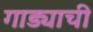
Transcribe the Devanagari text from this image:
गाड्याची